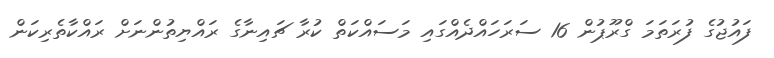
ފައުޖުގެ ފުރަތަމަ ގްރޫޕުން 16 ސަރަހައްދެއްގައި މަސައްކަތް ކުރާ ޗައިނާގެ ރައްޔިތުންނަށް ރައްކާތެރިކަން